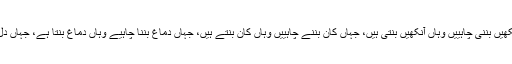
پھر اس لوتھڑے میں جہاں آنکھیں بننی چاہییں وہاں آنکھیں بنتی ہیں، جہاں کان بننے چاہییں وہاں کان بنتے ہیں، جہاں دماغ بننا چاہیے وہاں دماغ بنتا ہے، جہاں دل بننا چاہیے وہاں دل بنتا ہے۔